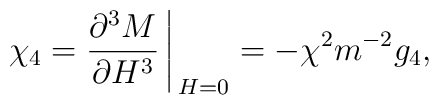
\chi_4 = {\partial^3M \over{\partial H^3}} \Bigg\arrowvert_{H = 0} = - \chi^2 m^{-2} g_4, \qquad \quad \\